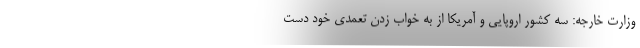
وزارت خارجه: سه کشور اروپایی و آمریکا از به خواب زدن تعمدی خود دست